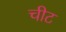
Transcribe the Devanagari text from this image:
चीट